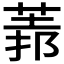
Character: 𦳻